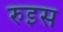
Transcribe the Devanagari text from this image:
रुइस